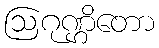
ဩဂုဏ္ဌိတော